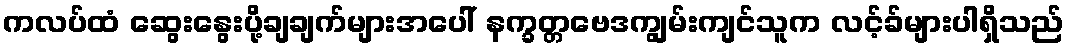
ကလပ်ထံ ဆွေးနွေးပို့ချချက်များအပေါ် နက္ခတ္တဗေဒကျွမ်းကျင်သူက လင့်ခ်များပါရှိသည်